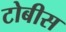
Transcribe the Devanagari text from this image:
टोबीस